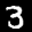
Label: 3